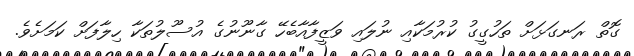
ގޮތް ރަނގަޅަށް ތަހުގީގު ކުރުމަކާއި ނުލައި ވަޒީފާއާބެހޭ ގާނޫނުގެ އުސޫލުތަކާ ހިލާފަށް ކަމަށެވެ.